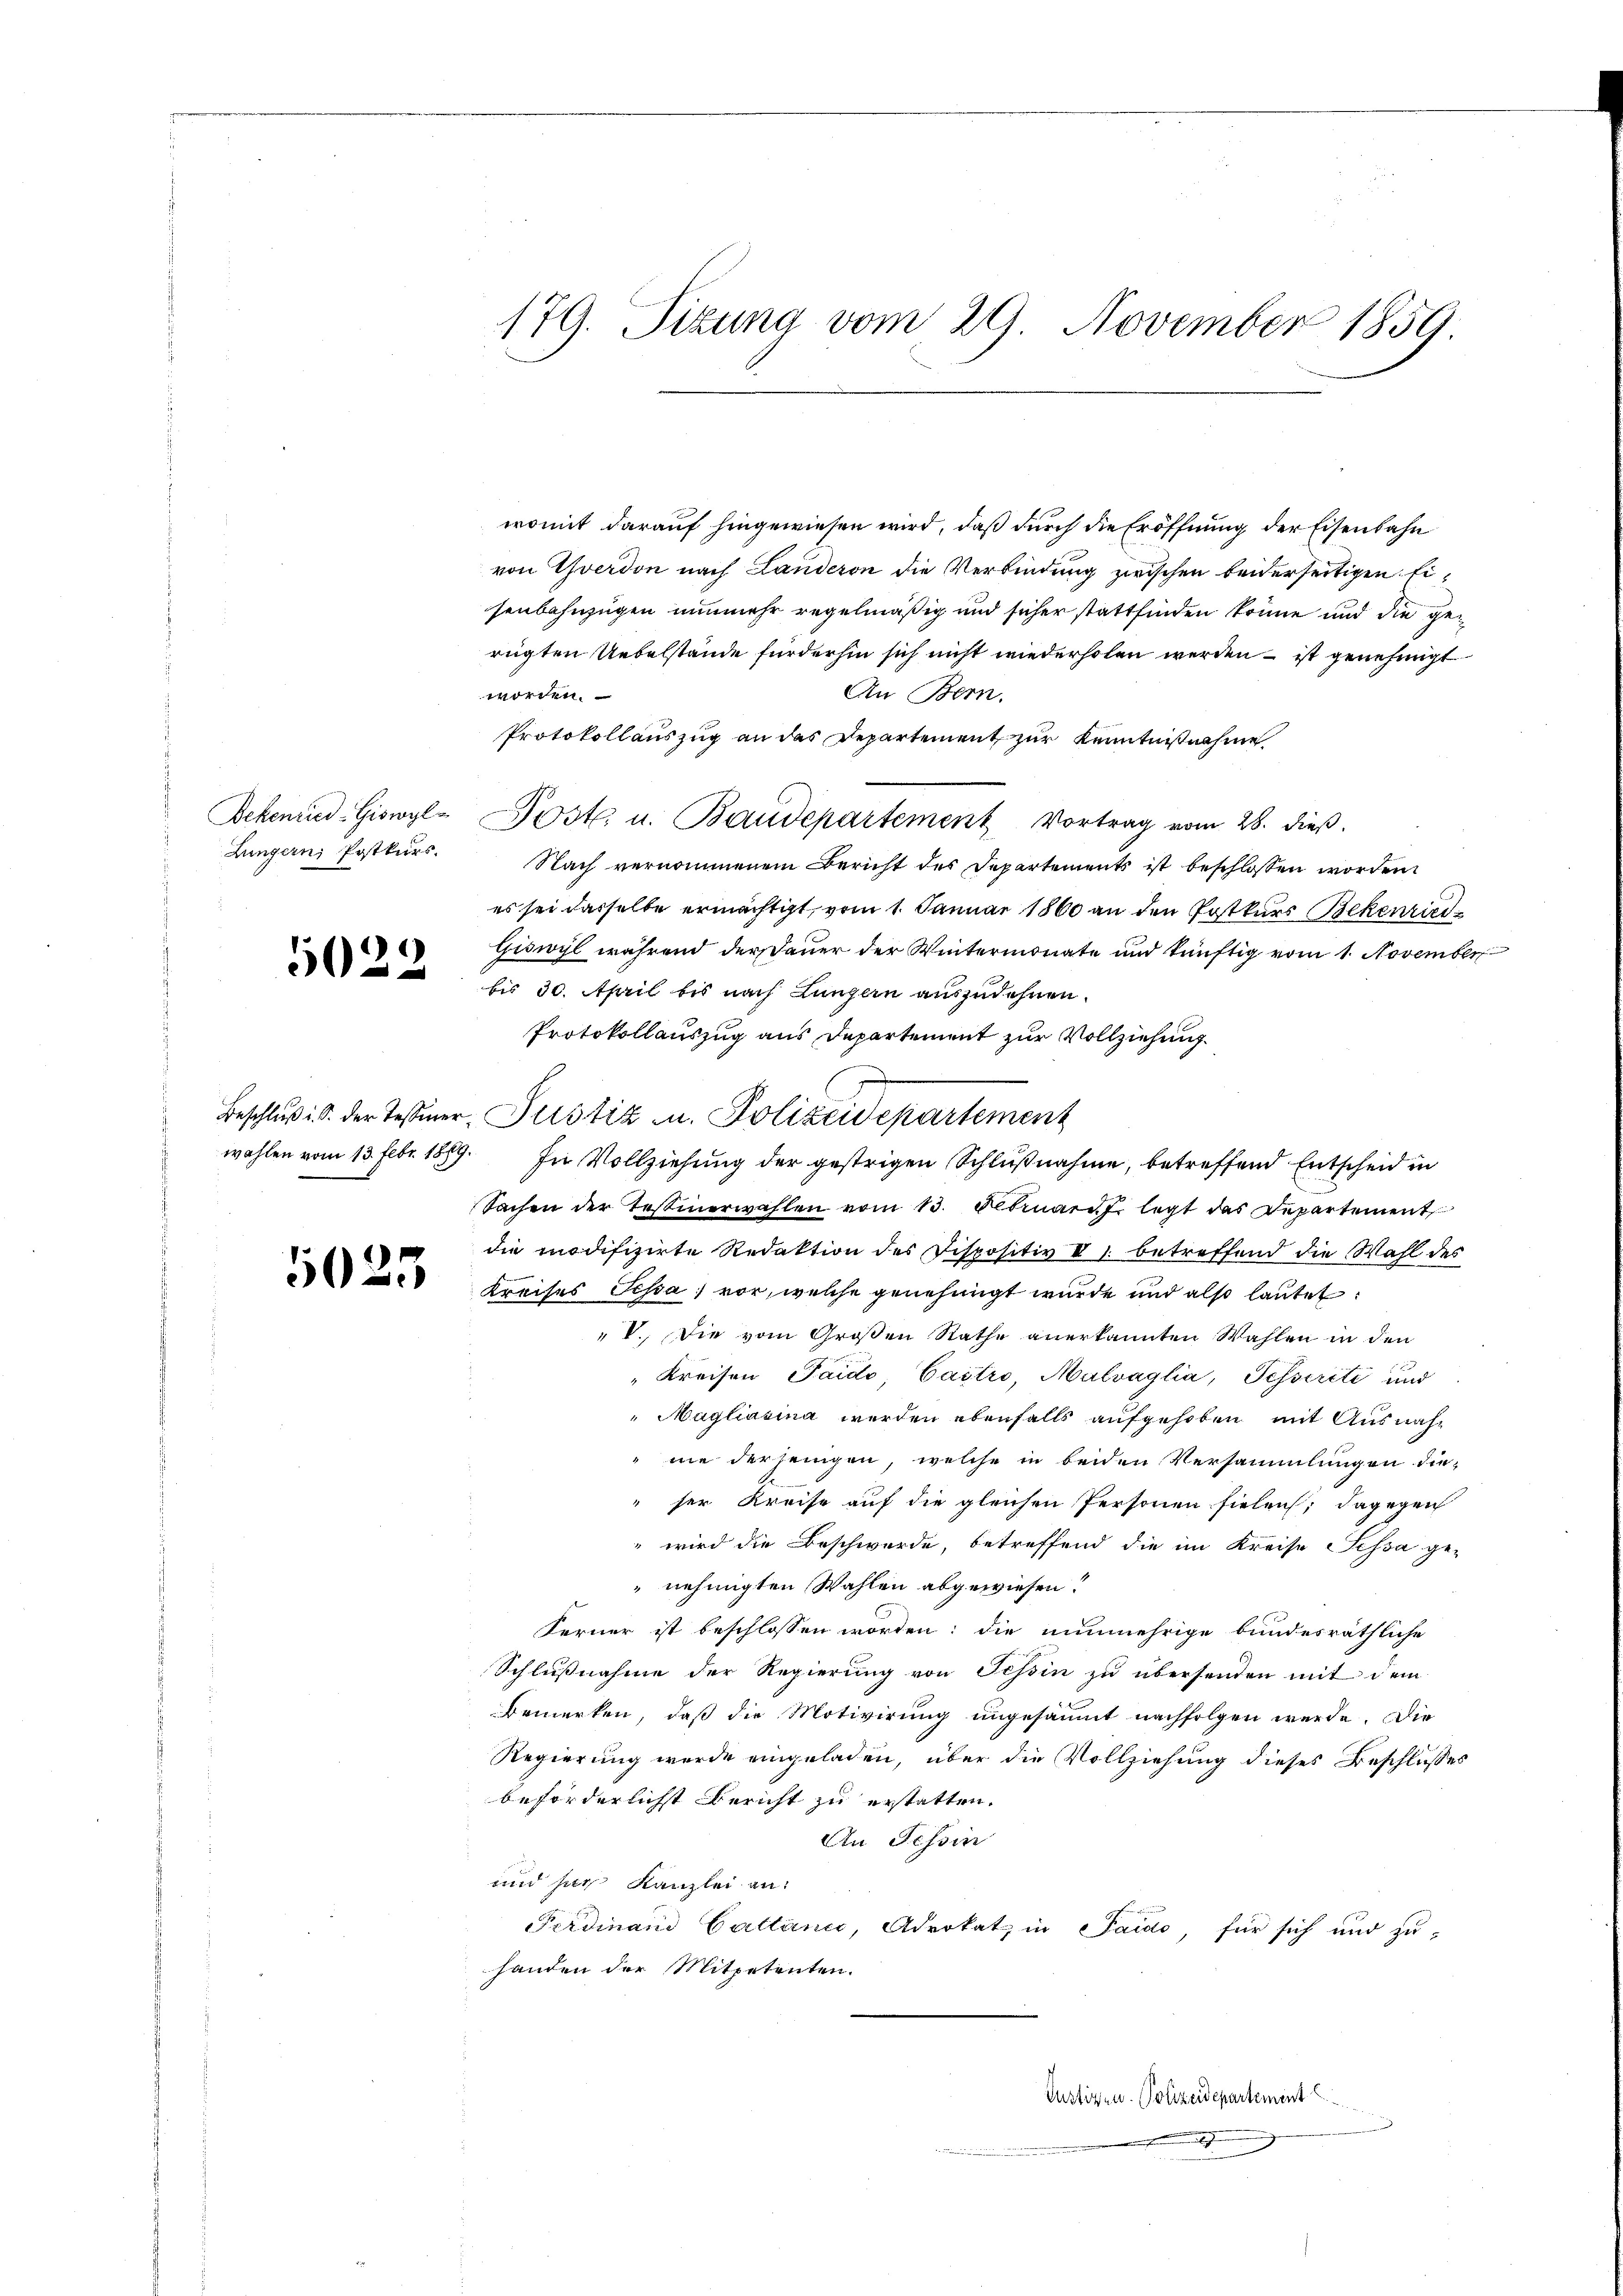
Lungern Postkurs.

5022

179. Sizung vom 29. November 1859.

womit darauf hingewiesen wird, daß durch die Eröffnung der Eisenbahn
von Yverdon nach Landeren die Verbindung zwischen beiderseitigen Eisenbahnzügen nunmehr regelmäßig und sicher stattfinden könne und die gerügten Uebelstände fürderhin sich nicht wiederholen werden – ist genehmigt
An Bern.
worden.
Protokollauszug an das Departement zur Kenntnisnahme
Bekenried-Giswyl-Post. u. Baudepartement Vortrag vom 28. dieβ.
Nach vernommenem Bericht des Departements ist beschlossen worden.
es sei dasselbe ermächtigt, vom 1. Januar 1860 an den Postkurs Bekenried
Giswyl während der Dauer der Wintermonate und künftig vom 1. November
bis 30. April bis nach Lungern auszudehnen.
Protokollauszug aus Departement zur Vollziehung
Beschluß: d. der Testier-Justiz u. Polizeidepartement
wahlen vom 13. Febr. 1889. In Vollziehung der gestrigen Schlußnahme, betreffend Entscheid in
Sachen der Tessinerwahlen vom 13. Februar legt das Departement
die modifizirte Redaktion des Dispositiv V 1 betreffend die Wahl des
 Kreises Scha) vor, welche genehmigt wurde und also lautet:
" V. Die vom Großen Rathe anerkannten Wahlen in den
"Kreisen Paide Castro, Malvaglia, Tesseriti und
Magliasina werden ebenfalls aufgehoben mit Ausnah¬
 nie derjenigen, welche in beiden Versammlungen die-
" ser Kreise auf die gleichen Personen fielen; dagegen
" wird die Beschwerde, betreffend die im Kreise Sessa ge-
nehmigten Wahlen abgewiesen?
Ferner ist beschlossen worden; die nunmehrige bundesräthliche
Schlußnahme der Regierung von Tessin zu übersenden mit dem
bemerken, daß die Motivirung ungesammt nachfolgen werde. Die
Regierung wurde eingeladen, über die Vollziehung dieses Beschlusses
beförderlichst Bericht zu erstatten.
An Tessin
und sie Kanzlei an:
Ferdinand Cattani, Advokat in Pardo, für sich und zu-
handen der Mitpetenten.

Justiz- u. Polizeidepartement

einheiten den entgegen